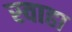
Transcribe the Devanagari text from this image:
स्‍वाहा